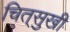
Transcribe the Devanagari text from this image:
चित्‌सुखी